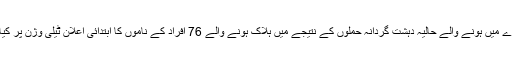
ناروے میں ہونے والے حالیہ دہشت گردانہ حملوں کے نتیجے میں ہلاک ہونے والے 76 افراد کے ناموں کا ابتدائی اعلان ٹیلی وژن پر کیا گیا۔